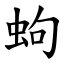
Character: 蚼